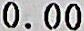
0.00